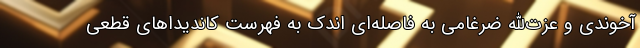
آخوندی و عزت‌الله ضرغامی به ‌فاصله‌ای اندک به فهرست کاندیداهای قطعی